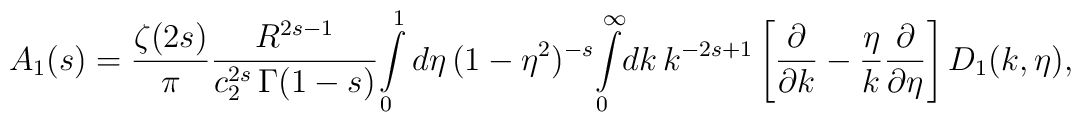
A_{1}(s)=\frac{\zeta(2s)}{\pi}\frac{R^{2s-1}}{c_2^{2s}\,\Gamma(1-s)}\!\int\limits_{0}^{1}d\eta\,(1-\eta^2)^{-s}\!\int\limits_{0}^{\infty}\! dk\, k^{-2s+1}\left[\frac{\partial}{\partial k}-\frac{\eta}{k}\frac{\partial}{\partial \eta}\right]D_{1}(k,\eta),